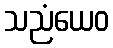
သညံယေဝ